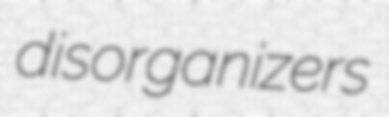
disorganizers